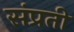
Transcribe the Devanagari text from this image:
संप्रती